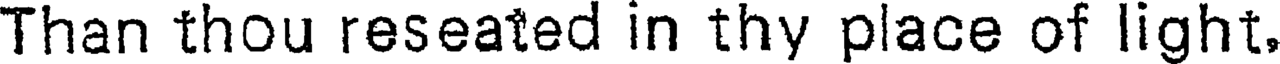
Than thou reseated in thy place of light.